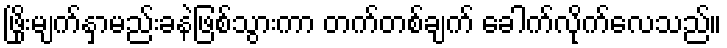
ဖြိုးမျက်နှာမည်းခနဲဖြစ်သွားကာ တက်တစ်ချက် ခေါက်လိုက်လေသည်။